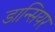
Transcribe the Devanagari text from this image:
डान्सियर